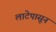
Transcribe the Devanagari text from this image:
लाटेपासून